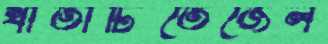
খাতাটিতেজেল